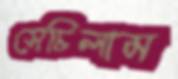
সেচিলাম